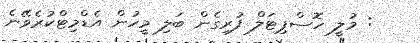
: މުލީ ހޮސްޕިޓަލް ފުރިގެން ބަލި މީހުން އެޑްމިޓްކުރެވޭނެ